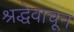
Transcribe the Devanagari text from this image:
श्रद्धेवाचून